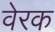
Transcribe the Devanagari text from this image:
वेरक